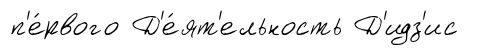
п'е́рвого Д'е́ят'ельность Д'идз'ис